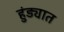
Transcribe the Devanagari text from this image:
हुंड्यात